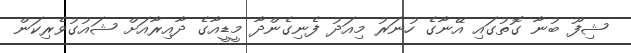
ޝިފޫ ބުނާ ގޮތުގައި އޭނާގެ ހުނަރު މިއަދު ފެނިގެންދާ މީޑީއާގެ ދާއިރާއަށް ޝައުގުވެރިކަން